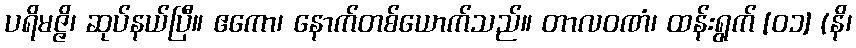
ပရိမဇ္ဇိ၊ ဆုပ်နယ်ပြီ။ ဧကော၊ နောက်တစ်ယောက်သည်။ တာလဝဏံ၊ ထန်းရွက် [၀၁] (နိ၊